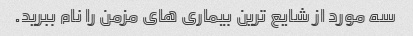
سه مورد از شایع ترین بیماری های مزمن را نام ببرید.